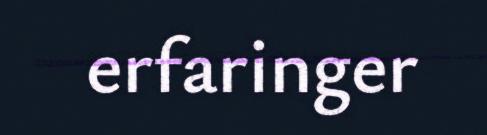
erfaringer